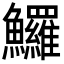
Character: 𩽰